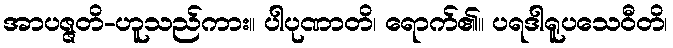
အာပဇ္ဇတိ-ဟူသည်ကား။ ပါပုဏာတိ၊ ရောက်၏။ ပရဒါရူပသေဝီတိ၊